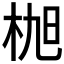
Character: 𣑢